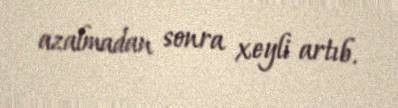
azalmadan sonra xeyli artıb.